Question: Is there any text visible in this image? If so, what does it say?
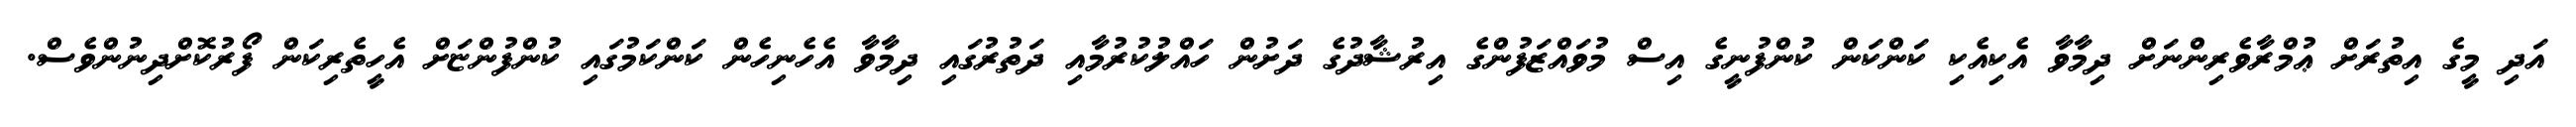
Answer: އަދި މީގެ އިތުރަށް ޢުމްރާވެރިންނަށް ދިމާވާ އެކިއެކި ކަންކަން ކުންފުނީގެ އިސް މުވައްޒަފުންގެ އިރުޝާދުގެ ދަށުން ހައްލުކުރުމާއި ދަތުރުގައި ދިމާވާ އެހެނިހެން ކަންކަމުގައި ކުންފުންޏަށް އެހީތެރިކަން ފޯރުކޮށްދިނުންވެސް.